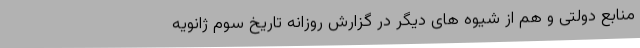
منابع دولتی و هم از شیوه های دیگر در گزارش روزانه تاریخ سوم ژانویه